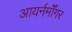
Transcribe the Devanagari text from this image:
आयर्नमॉँगर